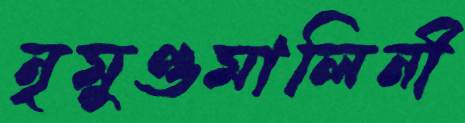
নৃমুণ্ডমালিনী